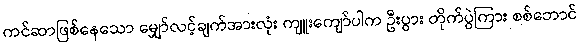
ကင်ဆာဖြစ်နေသော မျှော်လင့်ချက်အားလုံး ကျူးကျော်ပါက ဦးပွား တိုက်ပွဲကြား စစ်ဘောင်